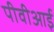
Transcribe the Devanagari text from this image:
पीवीआई